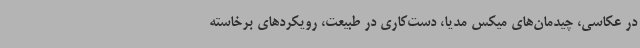
در عکاسی، چیدمان‌های میکس مدیا، دست‌کاری در طبیعت، رویکردهای برخاسته